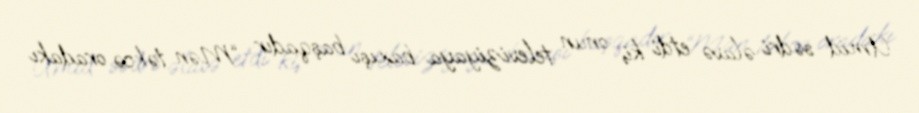
Ümid sədri əlavə etdi ki, onun televiziyaya baxışı başqadır: “Mən təkcə oradakı